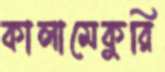
কালামেকুরি